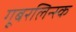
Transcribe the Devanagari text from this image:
गूबरलिन्स्क